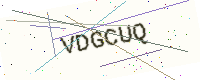
Text: VDGCUQ